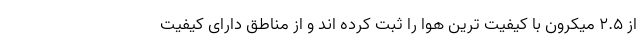
از ۲.۵ میکرون با کیفیت ترین هوا را ثبت کرده اند و از مناطق دارای کیفیت